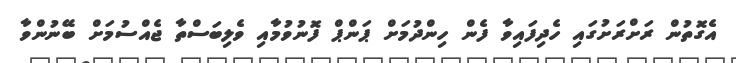
އެގޮތުން ރަށްރަށުގައި ހެދިފައިވާ ފެން ހިންދުމަށް ޕަންޕް ފޮނުވުމާއި ވެލިބަސްތާ ޖެއްސުމަށް ބޭނުންވާ